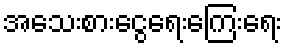
အသေးစားငွေရေးကြေးရေး